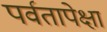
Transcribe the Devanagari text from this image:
पर्वतापेक्षा